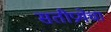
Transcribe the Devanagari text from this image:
सतीप्रथेचा